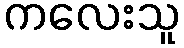
ကလေးသူ